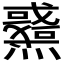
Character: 𤒉